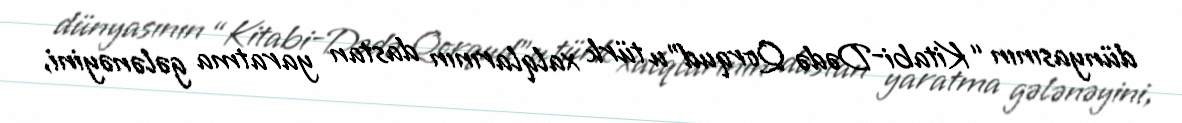
dünyasının “Kitabi-Dədə Qorqud”u türk xalqlarının dastan yaratma gələnəyini,